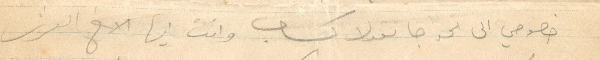
خصوصي الى الخواجا نقولا كساب وانت أيها الأخ العزيز